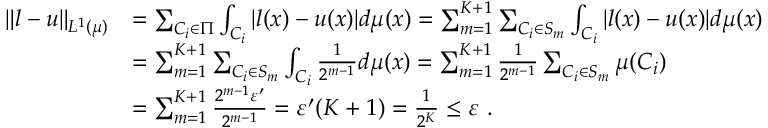
\begin{array} { r l } { \Vert l - u \Vert _ { L ^ { 1 } ( \mu ) } } & { = \sum _ { C _ { i } \in \Pi } \int _ { C _ { i } } | l ( x ) - u ( x ) | d \mu ( x ) = \sum _ { m = 1 } ^ { K + 1 } \sum _ { C _ { i } \in S _ { m } } \int _ { C _ { i } } | l ( x ) - u ( x ) | d \mu ( x ) } \\ & { = \sum _ { m = 1 } ^ { K + 1 } \sum _ { C _ { i } \in S _ { m } } \int _ { C _ { i } } \frac { 1 } { 2 ^ { m - 1 } } d \mu ( x ) = \sum _ { m = 1 } ^ { K + 1 } \frac { 1 } { 2 ^ { m - 1 } } \sum _ { C _ { i } \in S _ { m } } \mu ( C _ { i } ) } \\ & { = \sum _ { m = 1 } ^ { K + 1 } \frac { 2 ^ { m - 1 } \varepsilon ^ { \prime } } { 2 ^ { m - 1 } } = \varepsilon ^ { \prime } ( K + 1 ) = \frac { 1 } { 2 ^ { K } } \leq \varepsilon ~ . } \end{array}